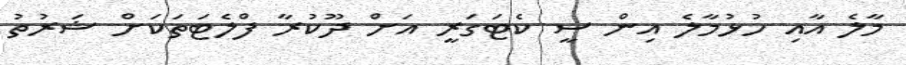
މާލެ އާއި ހުޅުމާލެ އިން ސީ ކެޓަގަރީ އަށް ދޫކުރާ ފްލެޓަތަކަށް ޝަރުތު